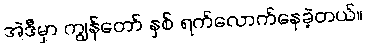
အဲဒီမှာ ကျွန်တော် နှစ် ရက်လောက်နေခဲ့တယ်။